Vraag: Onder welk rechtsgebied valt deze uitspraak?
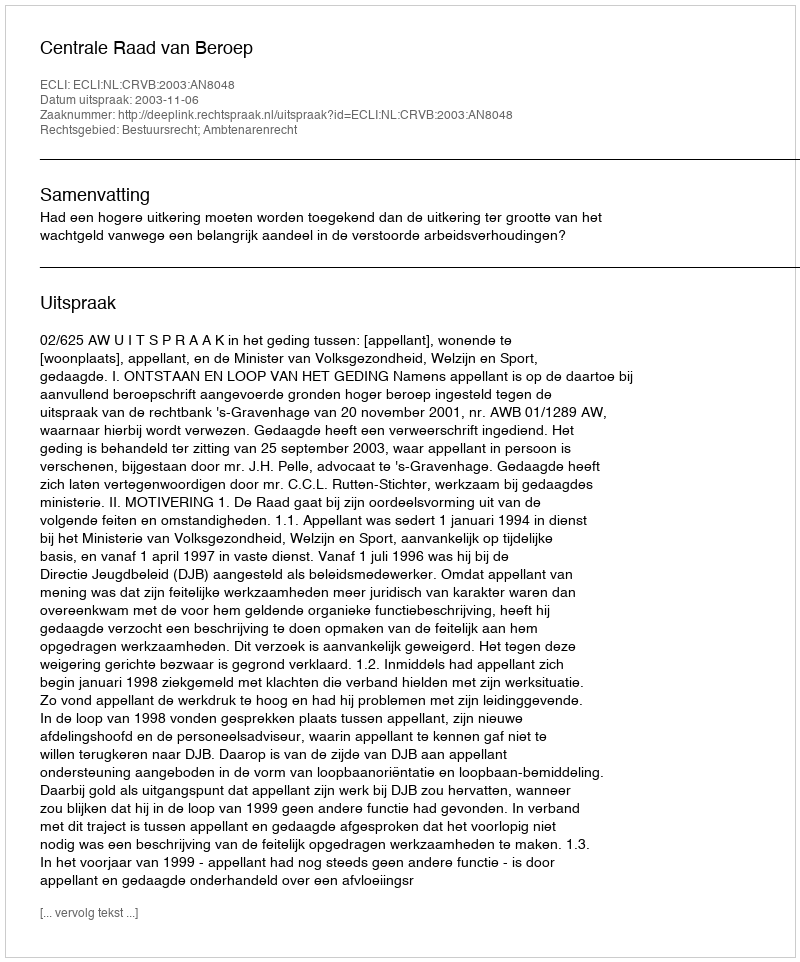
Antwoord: Bestuursrecht; Ambtenarenrecht